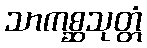
သာကစ္ဆသုတ္တံ